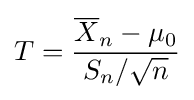
T={\frac {{\overline {X}}_{n}-\mu _{0}}{S_{n}/{\sqrt {n}}}}